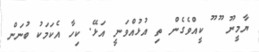
ޔާމީނޫ ޫ ޫ ކީއްވެގެން ތި އުޅުއްވަނީ އަޅޭ. ކިހާ އެކަމަކު ބުނަން